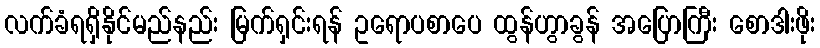
လက်ခံရရှိနိုင်မည်နည်း မြက်ရှင်းရန် ဥရောပစာပေ ထွန်ဟွာခွန် အပြောကြီး စောဒါးဖိုး